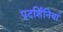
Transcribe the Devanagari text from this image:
प्रदर्शिनियां